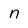
Character: n